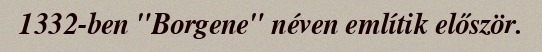
1332-ben "Borgene" néven említik először.